Indian journal of veterinary science and animal husbandry - Volume 11,
Year: 1941
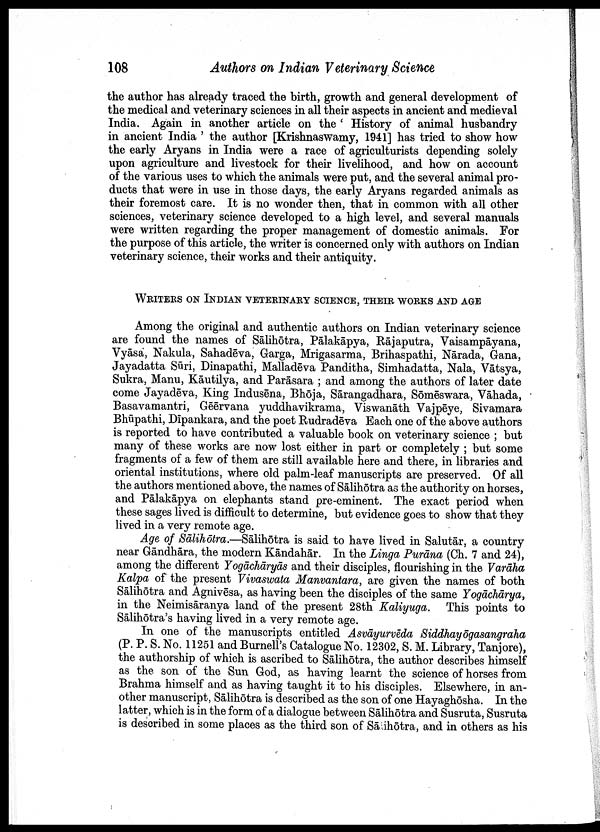
108
Authors on Indian Veterinary Science
the author has already traced the birth, growth and general development of
the medical and veterinary sciences in all their aspects in ancient and medieval
India. Again in another article on the ' History of animal husbandry
in ancient India ' the author [Krishnaswamy, 1941] has tried to show how
the early Aryans in India were a race of agriculturists depending solely
upon agriculture and livestock for their livelihood, and how on account
of the various uses to which the animals were put, and the several animal pro
ducts that were in use in those days, the early Aryans regarded animals as
their foremost care. It is no wonder then, that in common with all other
sciences, veterinary science developed to a high level, and several manuals
were written regarding the proper management of domestic animals. For
the purpose of this article, the writer is concerned only with authors on Indian
veterinary science, their works and their antiquity.
WRITERS ON INDIAN VETERINARY SCIENCE, THEIR WORKS AND AGE
Among the original and authentic authors on Indian veterinary science
are found the names of Sālihōtra, Pālakāpya, Rājaputra, Vaisampāyana,
Vyāsa, Nakula, Sahadēva, Garga, Mrigasarma, Brihaspathi, Nārada, Gana,
Jayadatta Sūri, Dinapathi, Malladēva Panditha, Simhadatta, Nala, Vātsya,
Sukra, Manu, Kāutilya, and Parāsara ; and among the authors of later date
come Jayadēva, King Indusēna, Bhōja, Sārangadhara, Sōmēswara, Vāhada,
Basavamantri, Gēērvana yuddhavikrama, Viswanāth Vajpēye, Sivamara
Bhūpathi, Dipankara, and the poet Rudradēva Each one of the above authors
is reported to have contributed a valuable book on veterinary science ; but
many of these works are now lost either in part or completely ; but some
fragments of a few of them are still available here and there, in libraries and
oriental institutions, where old palm-leaf manuscripts are preserved. Of all
the authors mentioned above, the names of Salihōtra as the authority on horses,
and Pālakāpya on elephants stand pre-eminent. The exact period when
these sages lived is difficult to determine, but evidence goes to show that they
lived in a very remote age.
Age of Sālihōtra.—Sālihōtra is said to have lived in Salutār, a country
near Gāndhāra, the modern Kāndahār. In the Linga Purāna (Ch. 7 and 24),
among the different Yogāchāryās and their disciples, flourishing in the Varāha
Kalpa of the present Vivaswata Manvantara, are given the names of both
Sālihōtra and Agnivēsa, as having been the disciples of the same Yogāchārya,
in the Neimisāranya land of the present 28th Kaliyuga. This points to
Sālihōtra's having lived in a very remote age.
In one of the manuscripts entitled Asvāyurvēda Siddhayōgasangraha
(P. P. S. No. 11251 and Burnell's Catalogue No. 12302, S. M. Library, Tanjore),
the authorship of which is ascribed to Sālihōtra, the author describes himself
as the son of the Sun God, as having learnt the science of horses from
Brahma himself and as having taught it to his disciples. Elsewhere, in an
other manuscript, Sālihōtra is described as the son of one Hayaghōsha. In the
latter, which is in the form of a dialogue between Sālihōtra and Susruta, Susruta
is described in some places as the third son of Sālihōtra, and in others as his